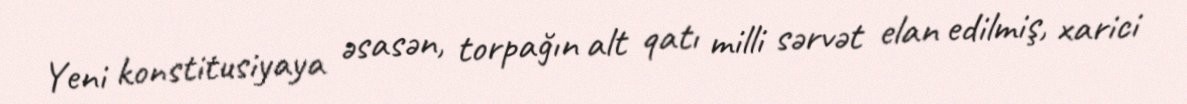
Yeni konstitusiyaya əsasən, torpağın alt qatı milli sərvət elan edilmiş, xarici